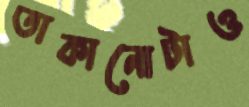
তাকানোটাও